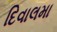
દિવાલમા